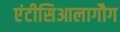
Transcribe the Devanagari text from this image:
एंटीसिआलागौग